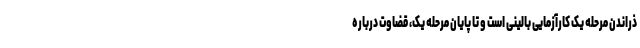
ذراندن مرحله یک کارآزمایی بالینی است و تا پایان مرحله یک، قضاوت درباره